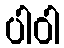
ပါဝါ